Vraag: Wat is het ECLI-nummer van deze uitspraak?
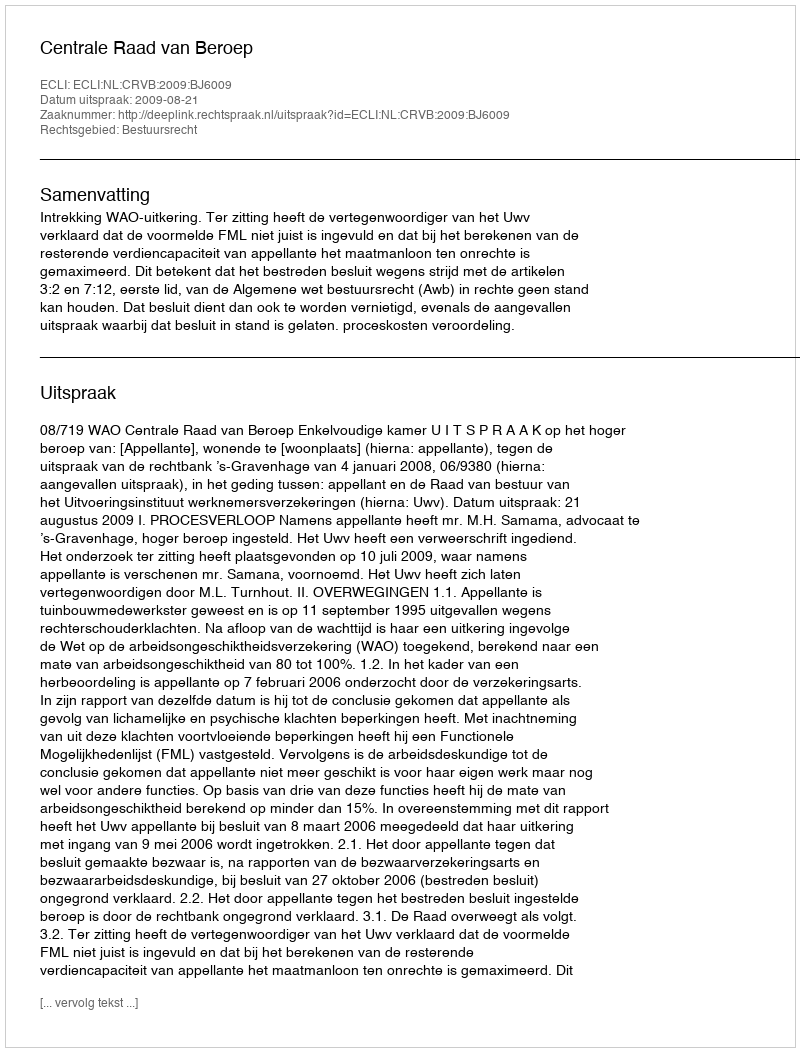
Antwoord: ECLI:NL:CRVB:2009:BJ6009